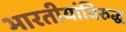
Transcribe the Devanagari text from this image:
भारतीयांविरुद्ध